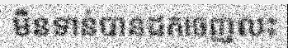
មិនទាន់បានដកចេញលះ